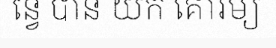
ន្វេ បាន យក គោរម្យ